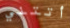
أتتني